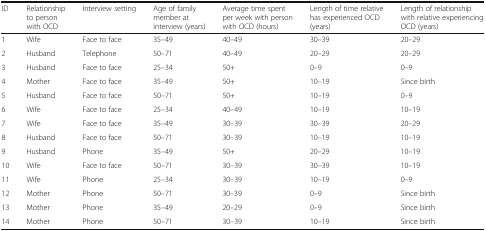
<table><thead><tr><td><b>ID</b></td><td><b>Relationship to person with OCD</b></td><td><b>Interview setting</b></td><td><b>Age of family member at interview (years)</b></td><td><b>Average time spent per week with person with OCD (hours)</b></td><td><b>Length of time relative has experienced OCD (years)</b></td><td><b>Length of relationship with relative experiencing OCD (years)</b></td></tr></thead><tbody><tr><td>1</td><td>Wife</td><td>Face to face</td><td>35–49</td><td>40–49</td><td>30–39</td><td>20–29</td></tr><tr><td>2</td><td>Husband</td><td>Telephone</td><td>50–71</td><td>40–49</td><td>20–29</td><td>20–29</td></tr><tr><td>3</td><td>Husband</td><td>Face to face</td><td>25–34</td><td>50+</td><td>0–9</td><td>0–9</td></tr><tr><td>4</td><td>Mother</td><td>Face to face</td><td>35–49</td><td>50+</td><td>10–19</td><td>Since birth</td></tr><tr><td>5</td><td>Husband</td><td>Face to face</td><td>50–71</td><td>50+</td><td>10–19</td><td>0–9</td></tr><tr><td>6</td><td>Wife</td><td>Face to face</td><td>25–34</td><td>40–49</td><td>10–19</td><td>10–19</td></tr><tr><td>7</td><td>Wife</td><td>Face to face</td><td>35–49</td><td>30–39</td><td>30–39</td><td>20–29</td></tr><tr><td>8</td><td>Husband</td><td>Face to face</td><td>50–71</td><td>30–39</td><td>10–19</td><td>10–19</td></tr><tr><td>9</td><td>Husband</td><td>Phone</td><td>35–49</td><td>50+</td><td>20–29</td><td>10–19</td></tr><tr><td>10</td><td>Wife</td><td>Face to face</td><td>50–71</td><td>30–39</td><td>30–39</td><td>10–19</td></tr><tr><td>11</td><td>Wife</td><td>Phone</td><td>25–34</td><td>30–39</td><td>10–19</td><td>0–9</td></tr><tr><td>12</td><td>Mother</td><td>Phone</td><td>50–71</td><td>30–39</td><td>0–9</td><td>Since birth</td></tr><tr><td>13</td><td>Mother</td><td>Phone</td><td>35–49</td><td>20–29</td><td>0–9</td><td>Since birth</td></tr><tr><td>14</td><td>Mother</td><td>Phone</td><td>50–71</td><td>30–39</td><td>10–19</td><td>Since birth</td></tr></tbody></table>